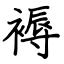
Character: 褥